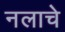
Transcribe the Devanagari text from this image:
नलाचे